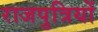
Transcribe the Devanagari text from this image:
राजपुत्रियों